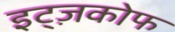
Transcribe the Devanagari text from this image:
इट्ज़कोफ